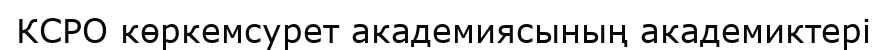
КСРО көркемсурет академиясының академиктері